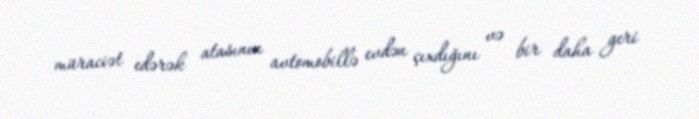
müraciət edərək atasının avtomobillə evdən çıxdığını və bir daha geri